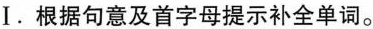
Ⅰ.根据句意及首字母提示补全单词.